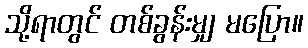
သို့ရာတွင် တစ်ခွန်းမျှ မပြော။